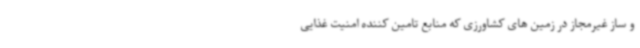
و ساز غیرمجاز در زمین های کشاورزی که منابع تامین کننده امنیت غذایی